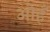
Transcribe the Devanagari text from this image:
ओहँ